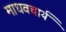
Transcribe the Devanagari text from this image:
माधवचार्य